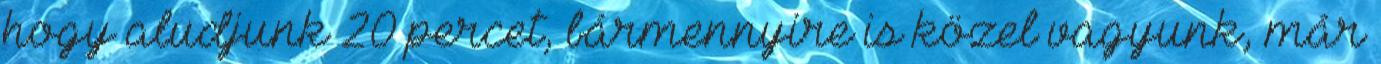
hogy aludjunk 20 percet, bármennyire is közel vagyunk, már